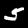
Label: 5